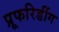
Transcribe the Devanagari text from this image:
प्रूफरिडींग